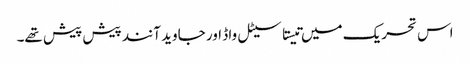
اس تحریک میں تیستا سیٹل واڈ اور جاوید آنند پیش پیش تھے۔